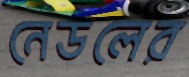
নেউলের